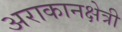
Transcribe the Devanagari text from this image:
अराकानक्षेत्री